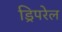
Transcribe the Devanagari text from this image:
ड्रिपरेल